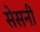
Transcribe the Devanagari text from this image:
सेसनी